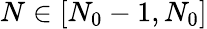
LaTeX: N\in[N_{0}-1,N_{0}]